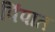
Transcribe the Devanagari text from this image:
पिंपात